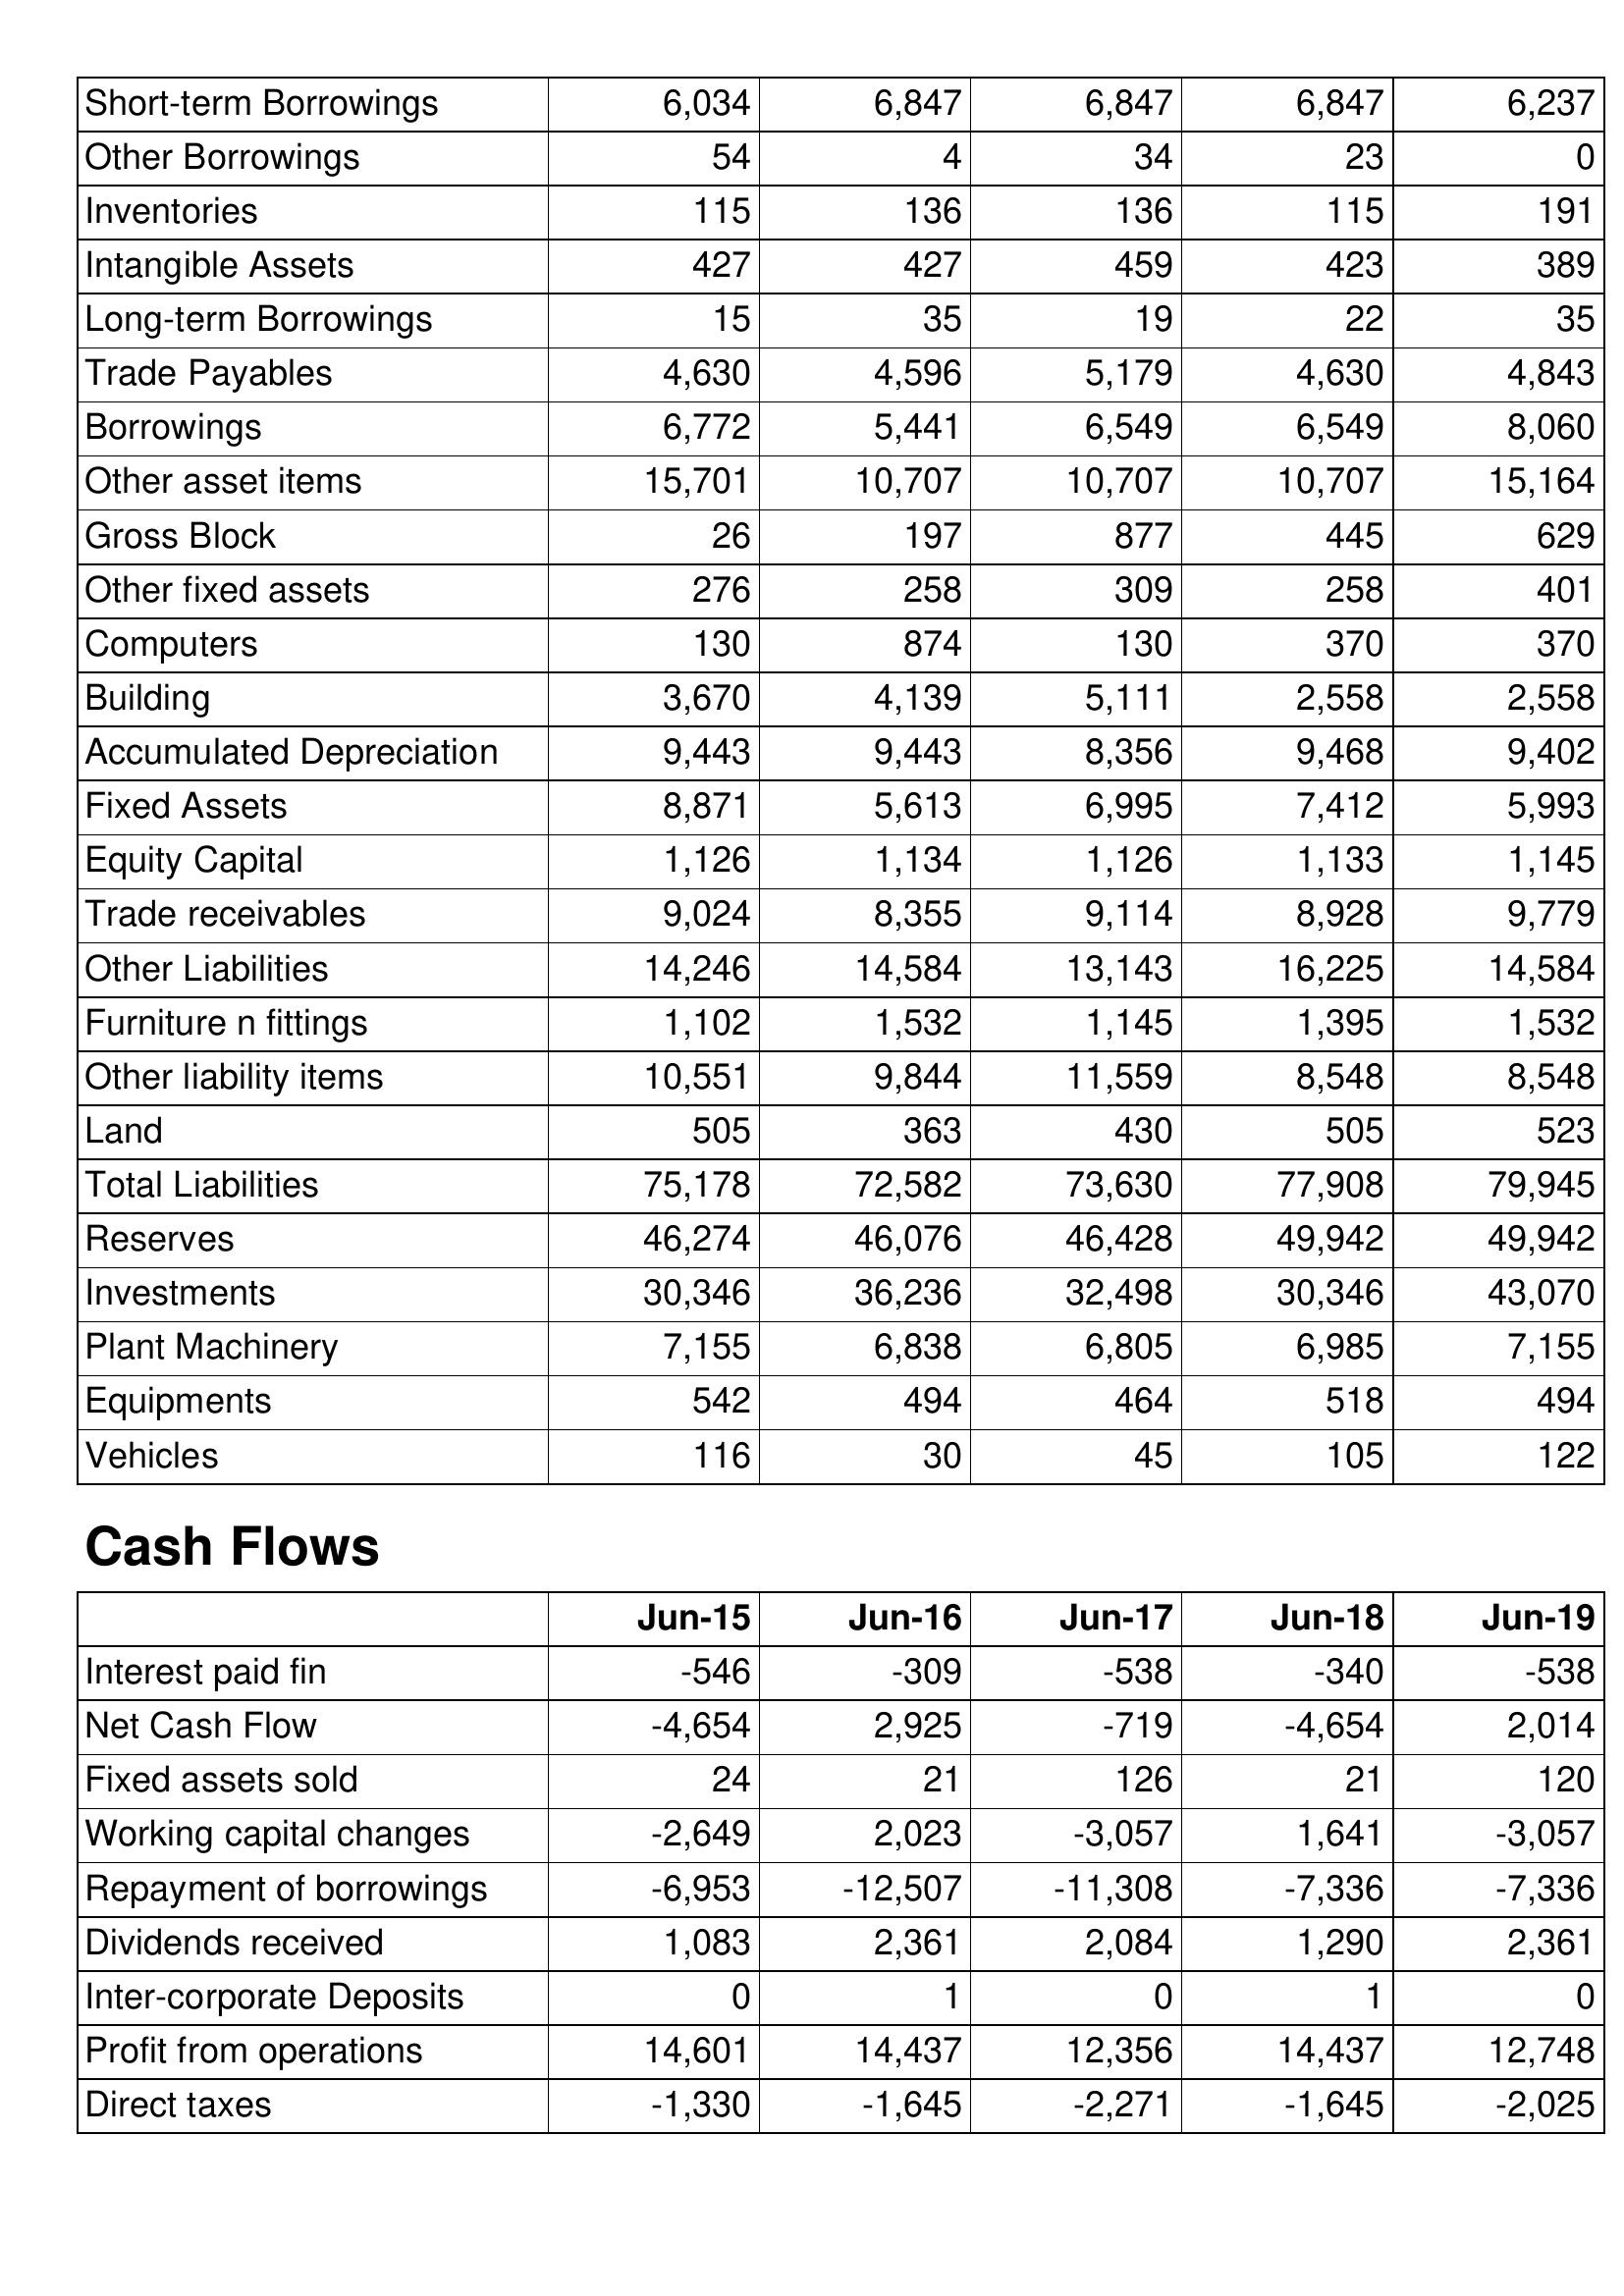
Jun-15: Balance Sheet: Short-term Borrowings: 6,034
Other Borrowings: 54
Inventories: 115
Intangible Assets: 427
Long-term Borrowings: 15
Trade Payables: 4,630
Borrowings: 6,772
Other asset items: 15,701
Gross Block: 26
Other fixed assets: 276
Computers: 130
Building: 3,670
Accumulated Depreciation: 9,443
Fixed Assets: 8,871
Equity Capital: 1,126
Trade receivables: 9,024
Other Liabilities: 14,246
Furniture n fittings: 1,102
Other liability items: 10,551
Land: 505
Total Liabilities: 75,178
Reserves: 46,274
Investments: 30,346
Plant Machinery: 7,155
Equipments: 542
Vehicles: 116
Cash Flows: Interest paid fin: -546
Net Cash Flow: -4,654
Fixed assets sold: 24
Working capital changes: -2,649
Repayment of borrowings: -6,953
Dividends received: 1,083
Inter-corporate Deposits: 0
Profit from operations: 14,601
Direct taxes: -1,330
Jun-16: Balance Sheet: Short-term Borrowings: 6,847
Other Borrowings: 4
Inventories: 136
Intangible Assets: 427
Long-term Borrowings: 35
Trade Payables: 4,596
Borrowings: 5,441
Other asset items: 10,707
Gross Block: 197
Other fixed assets: 258
Computers: 874
Building: 4,139
Accumulated Depreciation: 9,443
Fixed Assets: 5,613
Equity Capital: 1,134
Trade receivables: 8,355
Other Liabilities: 14,584
Furniture n fittings: 1,532
Other liability items: 9,844
Land: 363
Total Liabilities: 72,582
Reserves: 46,076
Investments: 36,236
Plant Machinery: 6,838
Equipments: 494
Vehicles: 30
Cash Flows: Interest paid fin: -309
Net Cash Flow: 2,925
Fixed assets sold: 21
Working capital changes: 2,023
Repayment of borrowings: -12,507
Dividends received: 2,361
Inter-corporate Deposits: 1
Profit from operations: 14,437
Direct taxes: -1,645
Jun-17: Balance Sheet: Short-term Borrowings: 6,847
Other Borrowings: 34
Inventories: 136
Intangible Assets: 459
Long-term Borrowings: 19
Trade Payables: 5,179
Borrowings: 6,549
Other asset items: 10,707
Gross Block: 877
Other fixed assets: 309
Computers: 130
Building: 5,111
Accumulated Depreciation: 8,356
Fixed Assets: 6,995
Equity Capital: 1,126
Trade receivables: 9,114
Other Liabilities: 13,143
Furniture n fittings: 1,145
Other liability items: 11,559
Land: 430
Total Liabilities: 73,630
Reserves: 46,428
Investments: 32,498
Plant Machinery: 6,805
Equipments: 464
Vehicles: 45
Cash Flows: Interest paid fin: -538
Net Cash Flow: -719
Fixed assets sold: 126
Working capital changes: -3,057
Repayment of borrowings: -11,308
Dividends received: 2,084
Inter-corporate Deposits: 0
Profit from operations: 12,356
Direct taxes: -2,271
Jun-18: Balance Sheet: Short-term Borrowings: 6,847
Other Borrowings: 23
Inventories: 115
Intangible Assets: 423
Long-term Borrowings: 22
Trade Payables: 4,630
Borrowings: 6,549
Other asset items: 10,707
Gross Block: 445
Other fixed assets: 258
Computers: 370
Building: 2,558
Accumulated Depreciation: 9,468
Fixed Assets: 7,412
Equity Capital: 1,133
Trade receivables: 8,928
Other Liabilities: 16,225
Furniture n fittings: 1,395
Other liability items: 8,548
Land: 505
Total Liabilities: 77,908
Reserves: 49,942
Investments: 30,346
Plant Machinery: 6,985
Equipments: 518
Vehicles: 105
Cash Flows: Interest paid fin: -340
Net Cash Flow: -4,654
Fixed assets sold: 21
Working capital changes: 1,641
Repayment of borrowings: -7,336
Dividends received: 1,290
Inter-corporate Deposits: 1
Profit from operations: 14,437
Direct taxes: -1,645
Jun-19: Balance Sheet: Short-term Borrowings: 6,237
Other Borrowings: 0
Inventories: 191
Intangible Assets: 389
Long-term Borrowings: 35
Trade Payables: 4,843
Borrowings: 8,060
Other asset items: 15,164
Gross Block: 629
Other fixed assets: 401
Computers: 370
Building: 2,558
Accumulated Depreciation: 9,402
Fixed Assets: 5,993
Equity Capital: 1,145
Trade receivables: 9,779
Other Liabilities: 14,584
Furniture n fittings: 1,532
Other liability items: 8,548
Land: 523
Total Liabilities: 79,945
Reserves: 49,942
Investments: 43,070
Plant Machinery: 7,155
Equipments: 494
Vehicles: 122
Cash Flows: Interest paid fin: -538
Net Cash Flow: 2,014
Fixed assets sold: 120
Working capital changes: -3,057
Repayment of borrowings: -7,336
Dividends received: 2,361
Inter-corporate Deposits: 0
Profit from operations: 12,748
Direct taxes: -2,025